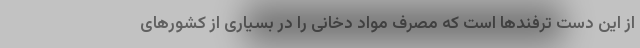
از این دست ترفندها است‌ که مصرف مواد دخانی را در بسیاری از کشورهای